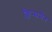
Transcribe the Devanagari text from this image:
क्लिन्समैन